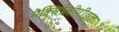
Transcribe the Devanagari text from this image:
मैक्सीिलीपीड्ज़